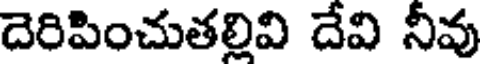
దెరిపించుతల్లివి దేవి నీవు